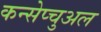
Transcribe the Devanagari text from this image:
कन्सेप्चुअल